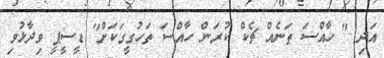
އަދި " ހާއްސަ ތަނެއް ޗެކް ކުރަން ހާއްސަ ތަހުގީގަކަށް" ޑީސީޕީ ވިދާޅުވި